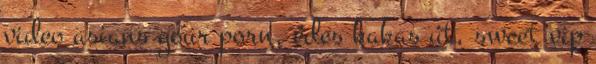
video asians your porn, édes kakas út, sweet vip